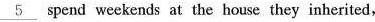
\underline{5} spend weekends at the house they inherited,